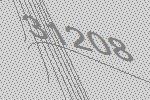
31208